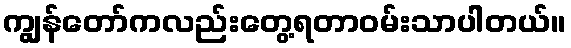
ကျွန်တော်ကလည်းတွေ့ရတာဝမ်းသာပါတယ်။